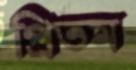
প্রিতম